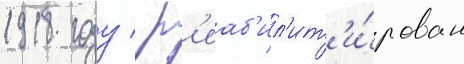
1918 году / р'еаб'ил'ит'и́рован